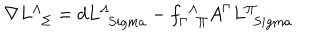
\nabla L _ { \ \ \Sigma } ^ { \Lambda } = d L _ { \ \, S i g m a } ^ { \Lambda } - f _ { \Gamma \ \ \Pi } ^ { \, \ \Lambda } A ^ { \Gamma } L _ { \ \, S i g m a } ^ { \Pi }